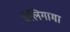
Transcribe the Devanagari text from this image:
वेलिगामा